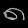
Digit: ၈